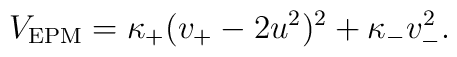
V_{\rm EPM} = \kappa_+ ( v_+ - 2u^2 )^2 + \kappa_- v_-^2.